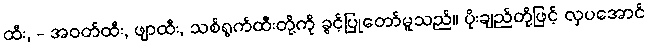
ထီး, - အဝတ်ထီး, ဖျာထီး, သစ်ရွက်ထီးတို့ကို ခွင့်ပြုတော်မူသည်။ ပိုးချည်တို့ဖြင့် လှပအောင်